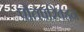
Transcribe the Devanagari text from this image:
पोतपरिवहन